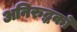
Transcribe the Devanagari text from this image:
अनिरुद्धको